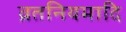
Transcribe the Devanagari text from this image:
व्रतनियमादि